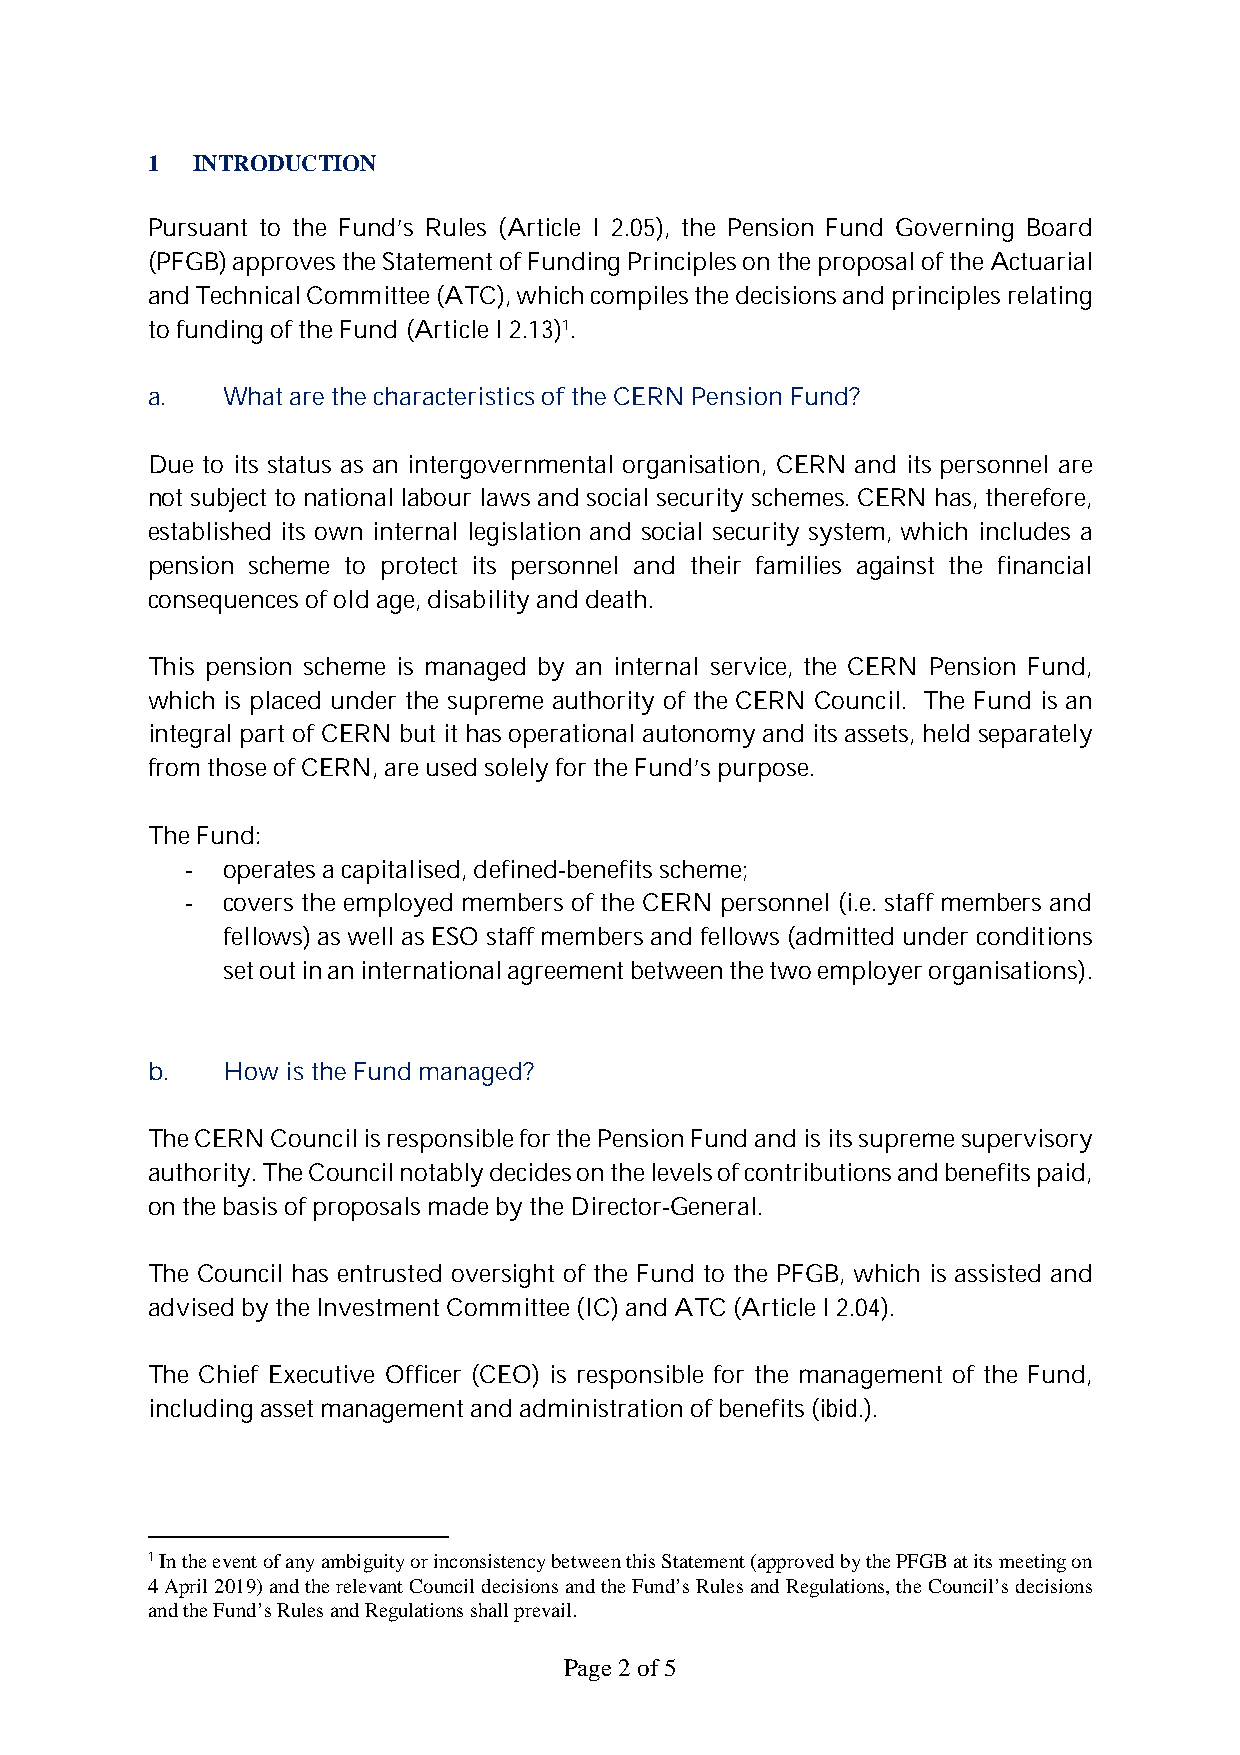
1  INTRODUCTION
 Pursuant to the Fund’s Rules (Article I 2.05), the Pension Fund Governing Board
 (PFGB) approves the Statement of Funding Principles on the proposal of theActuarial
 and Technical Committee (ATC), which compiles the decisions and principles relating
 to funding of the Fund (Article I 2.13)1.
 a.   What are the characteristics of the CERN Pension Fund?
 Due to its status as an intergovernmental organisation, CERN and its personnel are
 not subject to national labour laws and social security schemes. CERN has, therefore,
 established its own internal legislation and social security system, which includes a
 pension scheme to protect its personnel and their families against the financial
 consequences of old age, disability and death.
 This pension scheme is managed by an internal service, the CERN Pension Fund,
 which is placed under the supreme authority of the CERN Council. The Fund is an
 integral part of CERN but it has operational autonomy and its assets, held separately
 from those of CERN, are used solely for the Fund’s purpose.
 The Fund:
 -  operates a capitalised, defined-benefits scheme;
 -  covers the employed members of the CERN personnel (i.e. staff members and
 fellows) as well as ESO staff members and fellows (admitted under conditions
 set out in an international agreement between the two employer organisations).
 b.   How is the Fund managed?
 The CERN Council is responsible for the Pension Fund and is its supreme supervisory
 authority. The Council notably decides on the levels of contributions and benefits paid,
 on the basis of proposals made by the Director-General.
 The Council has entrusted oversight of the Fund to the PFGB, which is assisted and
 advised by theInvestment Committee (IC) and ATC (Article I 2.04).
 The Chief Executive Officer (CEO) is responsible for the management of the Fund,
 including asset management and administration of benefits (ibid.).
 1In the event of any ambiguity or inconsistency between this Statement (approved by the PFGB at its meeting on
 4 April 2019) and the relevant Council decisions and the Fund’s Rules and Regulations, the Council’s decisions
 and the Fund’s Rulesand Regulationsshall prevail.
 Page2 of 5